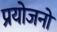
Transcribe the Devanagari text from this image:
प्रयोजनो